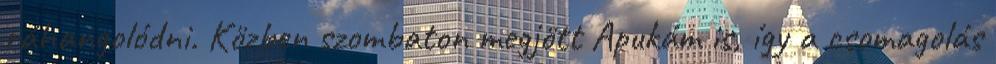
ráhangolódni. Közben szombaton megjött Apukám is, így a csomagolás